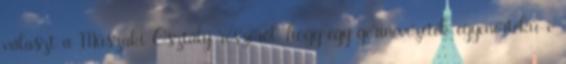
választ a Műszaki Osztály részéről, hogy egy gerincvezeték egyenértékű-e